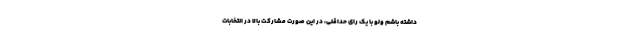
داشته باشم ولو با یک رای حداقلی، در این صورت مشارکت بالا در انتخابات